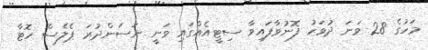
މަހުގެ 28 ވަނަ ދުވަހު ފޮނުވާފައިވާ ސިޓީއެއްގައި ވަނީ ނަސަންދުރަ ޕެލެސް ހޮޓާ